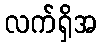
လက်ရှိအ